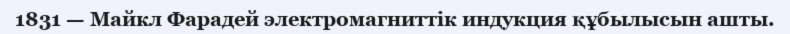
1831 — Майкл Фарадей электромагниттік индукция құбылысын ашты.